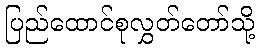
ပြည်ထောင်စုလွှတ်တော်သို့